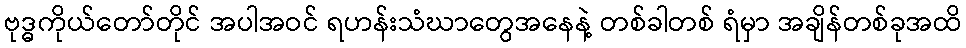
ဗုဒ္ဓကိုယ်တော်တိုင် အပါအဝင် ရဟန်းသံဃာတွေအနေနဲ့ တစ်ခါတစ် ရံမှာ အချိန်တစ်ခုအထိ